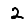
Digit: 2